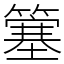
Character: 簺